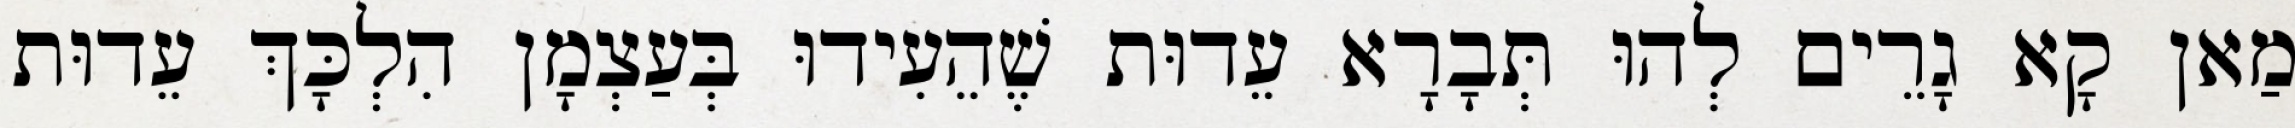
מַאן קָא גָרֵים לְהוּ תְּבָרָא עֵדוּת שֶׁהֵעִידוּ בְּעַצְמָן הִלְכָּךְ עֵדוּת